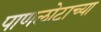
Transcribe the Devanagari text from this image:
पाणलोटाच्या